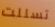
تسللت